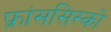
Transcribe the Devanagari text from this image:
फ़्रांससिस्को